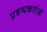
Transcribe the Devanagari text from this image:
प्रबन्धकर्ताओं